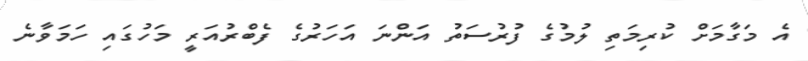
އެ މަގާމަށް ކުރިމަތި ލުމުގެ ފުރުސަތު އަންނަ އަހަރުގެ ފެބްރުއަރީ މަހުގައި ހަމަވާނެ